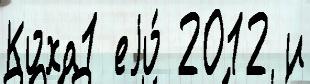
Коха1 еjо́ 2012 и